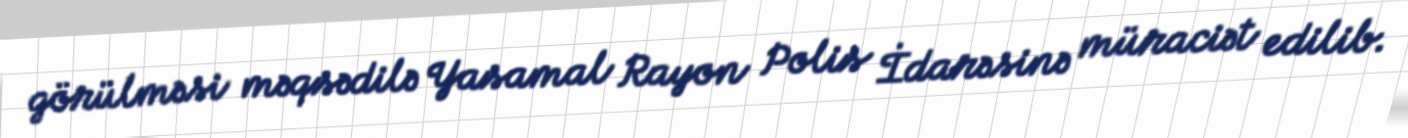
görülməsi məqsədilə Yasamal Rayon Polis İdarəsinə müraciət edilib.